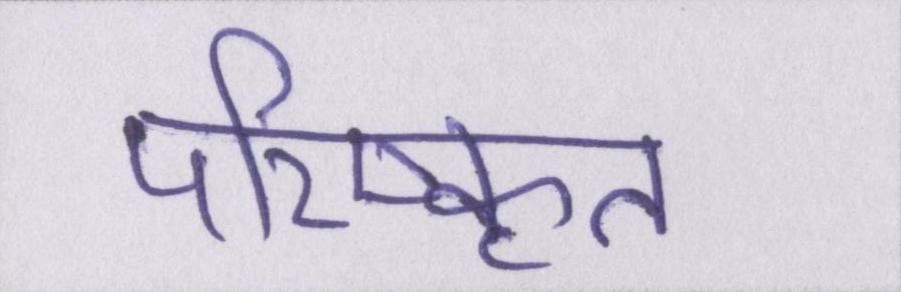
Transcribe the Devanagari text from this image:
परिष्कृत